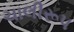
ચાલીરૂપ